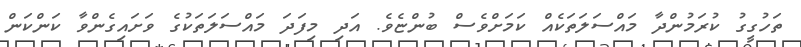
ތަހުގީގު ކުރަމުންދާ މައްސަލަތަކެއް ކަމަށްވެސް ބުންޏެވެ. އަދި މިފަދަ މައްސަލަތަކުގެ ވަށައިގެންވާ ކަންކަން